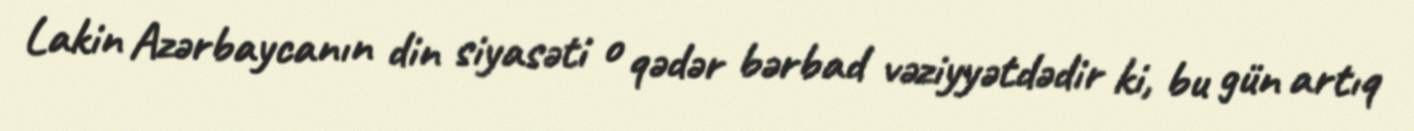
Lakin Azərbaycanın din siyasəti o qədər bərbad vəziyyətdədir ki, bu gün artıq